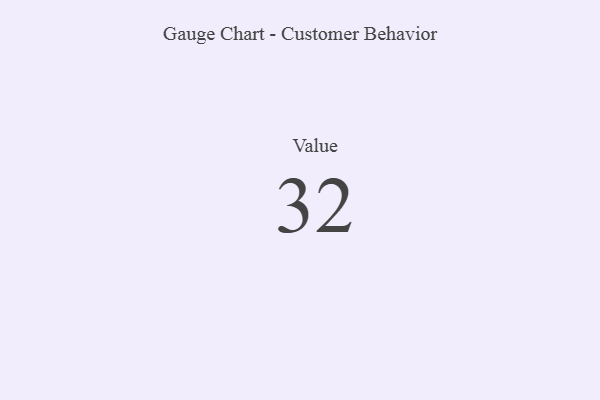
{"axis": {"x": "Metric", "y": "Value"}, "legend": [""], "data": [{"x": "Value", "y": 32, "type": ""}]}